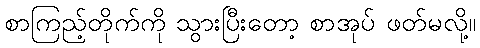
စာကြည့်တိုက်ကို သွားပြီးတော့ စာအုပ် ဖတ်မလို့။